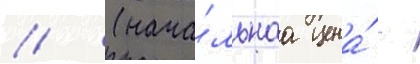
// (нача́льнаа цена́ -